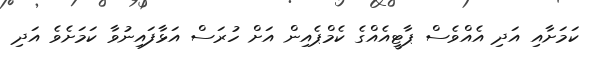
ކަަމަށާއި އަދި އެއްވެސް ޕާޓީއެއްގެ ކެމްޕެއިން އަށް ހުރަސް އަޅާފައިނުވާ ކަމަށެވެ އަދި